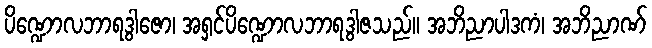
ပိဏ္ဍောလဘာရဒွါဇော၊ အရှင်ပိဏ္ဍောလဘာရဒွါဇသည်။ အဘိညာပါဒကံ၊ အဘိညာဏ်